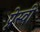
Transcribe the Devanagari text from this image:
प्रेस्वी